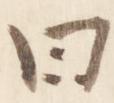
曰